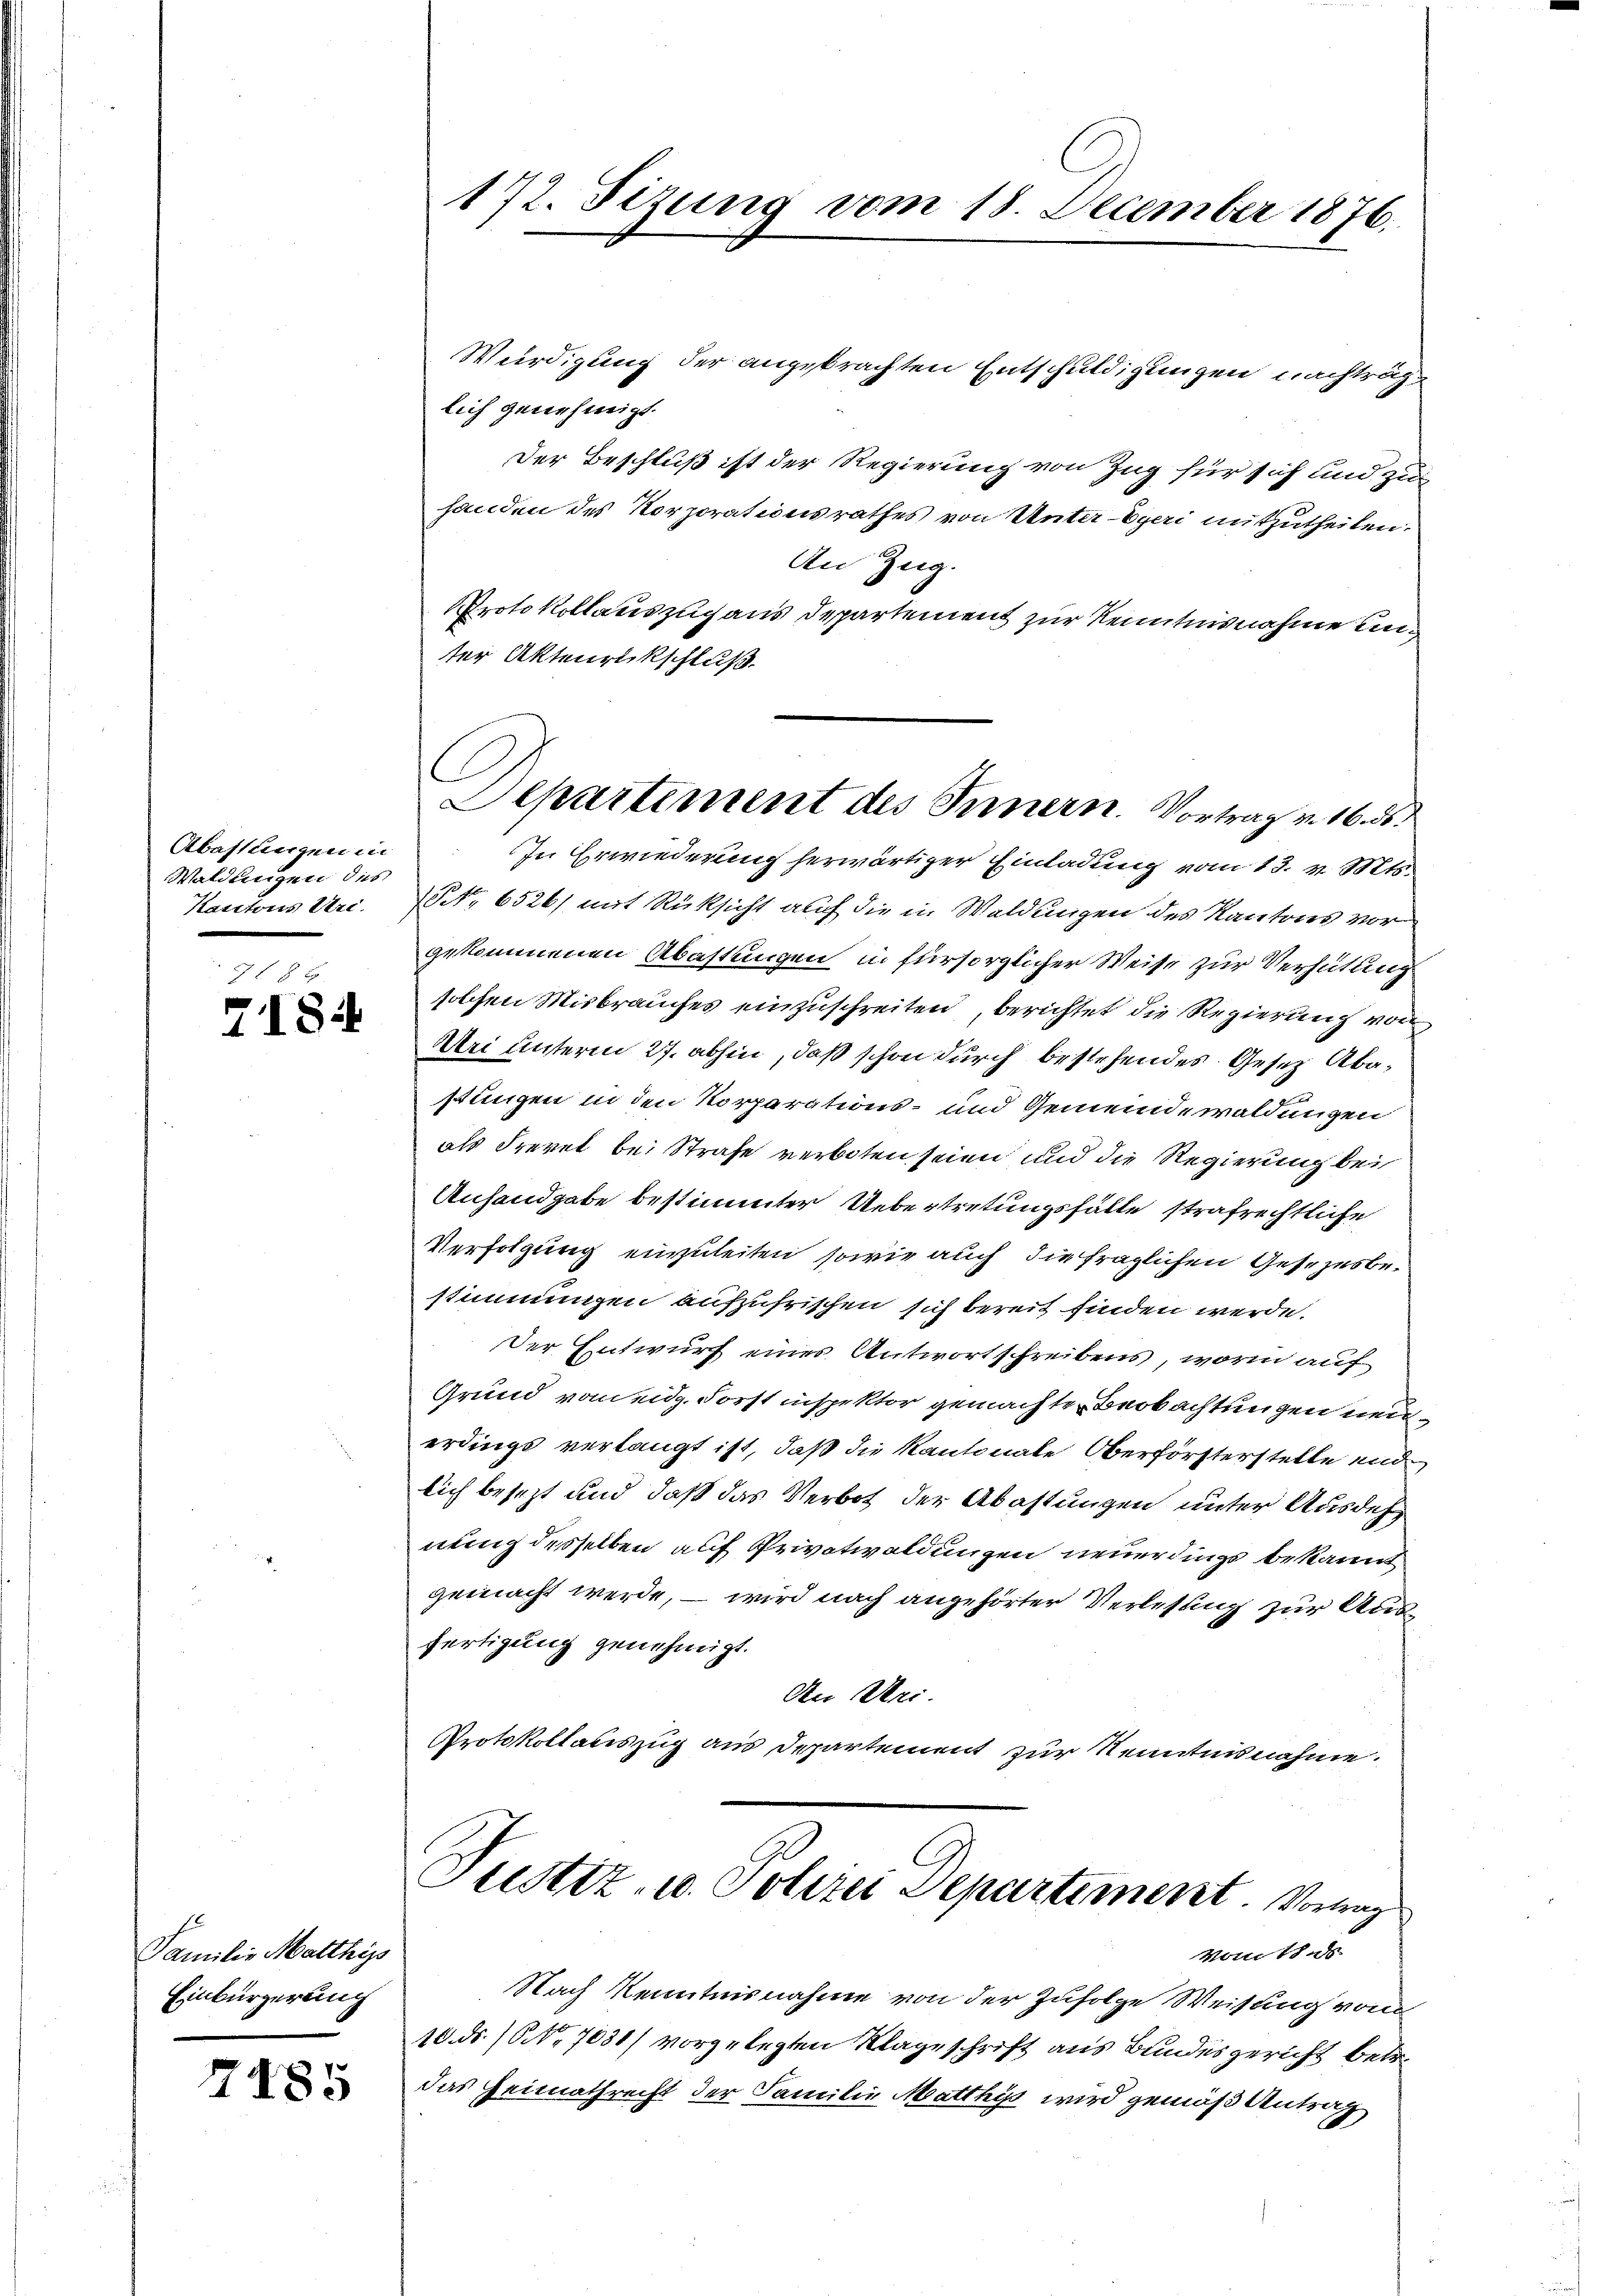
Abastungen in
Waldungen des
Kantons Utre.

7 f 8 x
7184

Familie Matthis
Einbürgerung

7485

172. Sizung vom 18. December 1876.

Würdigung der angebrachten Entschuldigungen nachträg
lich genehmigt.
Der Beschluß ist der Regierung von Zug für sich und zu
handen des Korporationsrathes von Unter-Eyeri mitzutheilen.
An Zug.
Protokollauszug aus Departement zur Kenntnisnahme ung
ter Aktenrückschluß.
In Erwiederung herwärtiger Einladung vom 13. v. Mts.
(No 6526) mit Rüksicht auch die in Waldungen des Kantons vorgekommenen Abastungen in fürsorglicher Weise zur Verhütung
solchen Misbrauches einzuschreiten, berichtet die Regierung von
Uri unterm 27. abhin, daß schon durch bestehendes Gesetz Abastungen in den Korparations- und Gemeindewaldungen
als Frevet bei Strafe verboten seien und die Regierung bei
Anhandgabe bestimmter Uebertretungsfälle strafrechtliche
Verfolgung einzuleiten, sowie auch die fraglichen Gesezesbestimmungen aufzufrischen sich bereit finden werde.
Der Entwurf eines Antwortschreibens, worin auf
Grund vom eidg. Forst inspektor gemachte Beobachtungen neuerdings verlangt ist, daß die Kantonale Oberförsterstelle und
lich besezt und daß das Verbot der Abastungen unter Ausdehnung desselben auf Privatwaldungen neuerdings bekannt
gemacht werde, – wird nach angehörter Verlesung zur Ausfertigung genehmigt.
An Mei-
Protokollauszug aus Departement zur Kenntnisnahme.
Justiz- u. Polizei Departement. Vortrag
Womit des
Nach Kenntnisnahme von der Zufolge Weisung vom
10. ds. (ONNo. 7031) vorgelegten Klageschrift aus Bundesgericht betr.
das Heimathrecht der Familie Matthys wird gemäß Antrag

Departement des Innern. Vortrag v. 16. d